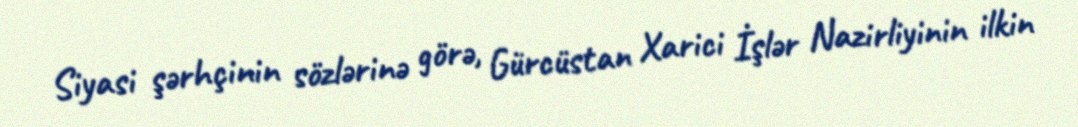
Siyasi şərhçinin sözlərinə görə, Gürcüstan Xarici İşlər Nazirliyinin ilkin